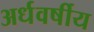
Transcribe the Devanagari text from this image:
अर्धवर्षीय